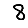
Digit: 8